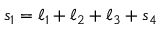
s _ { 1 } = \ell _ { 1 } + \ell _ { 2 } + \ell _ { 3 } + s _ { 4 }